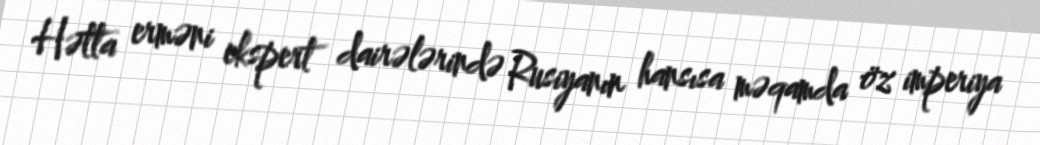
Hətta erməni ekspert dairələrində Rusiyanın hansısa məqamda öz imperiya